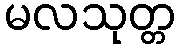
မလသုတ္တ